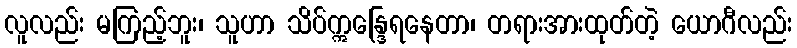
လူလည်း မကြည့်ဘူး၊ သူဟာ သိပ်ဣန္ဒြေရနေတာ၊ တရားအားထုတ်တဲ့ ယောဂီလည်း